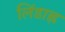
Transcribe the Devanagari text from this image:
लिंडाह्ल